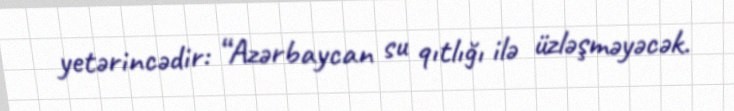
yetərincədir: “Azərbaycan su qıtlığı ilə üzləşməyəcək.